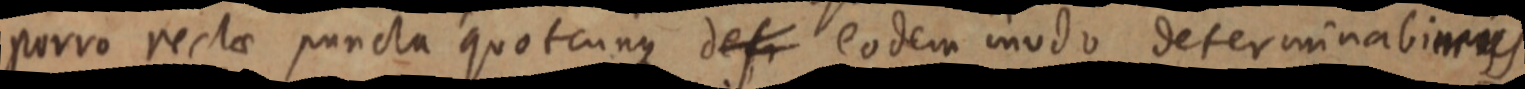
porro rectae puncta quotcunque defi eodem modo determinabimus